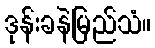
ဒုန်းခနဲမြည်သံ။